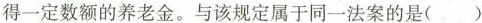
得一定数额的养老金。与该规定属于同一法案的是( )